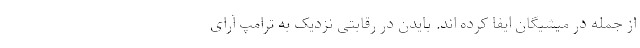
از جمله در میشیگان ایفا کرده اند. بایدن در رقابتی نزدیک به ترامپ آرای